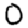
Digit: 0